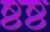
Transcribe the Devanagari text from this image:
ष्ठष्ठ